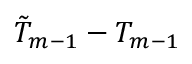
\tilde { T } _ { m - 1 } - T _ { m - 1 }